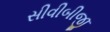
સીવીબીજી